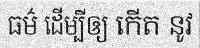
ធម៌ ដើម្បីឲ្យ កើត នូវ